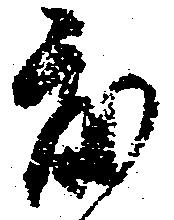
度